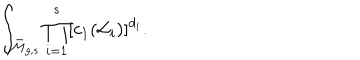
\int _ { \bar { \cal M } _ { g , s } } \prod _ { i = 1 } ^ { s } [ c _ { 1 } ( { \cal L } _ { i } ) ] ^ { d _ { i } } .